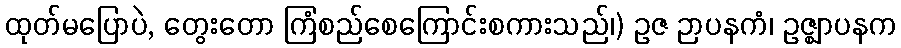
ထုတ်မပြောပဲ, တွေးတော ကြံစည်စေကြောင်းစကားသည်၊) ဥဇ ဉာပနကံ၊ ဥဇ္ဈာပနက